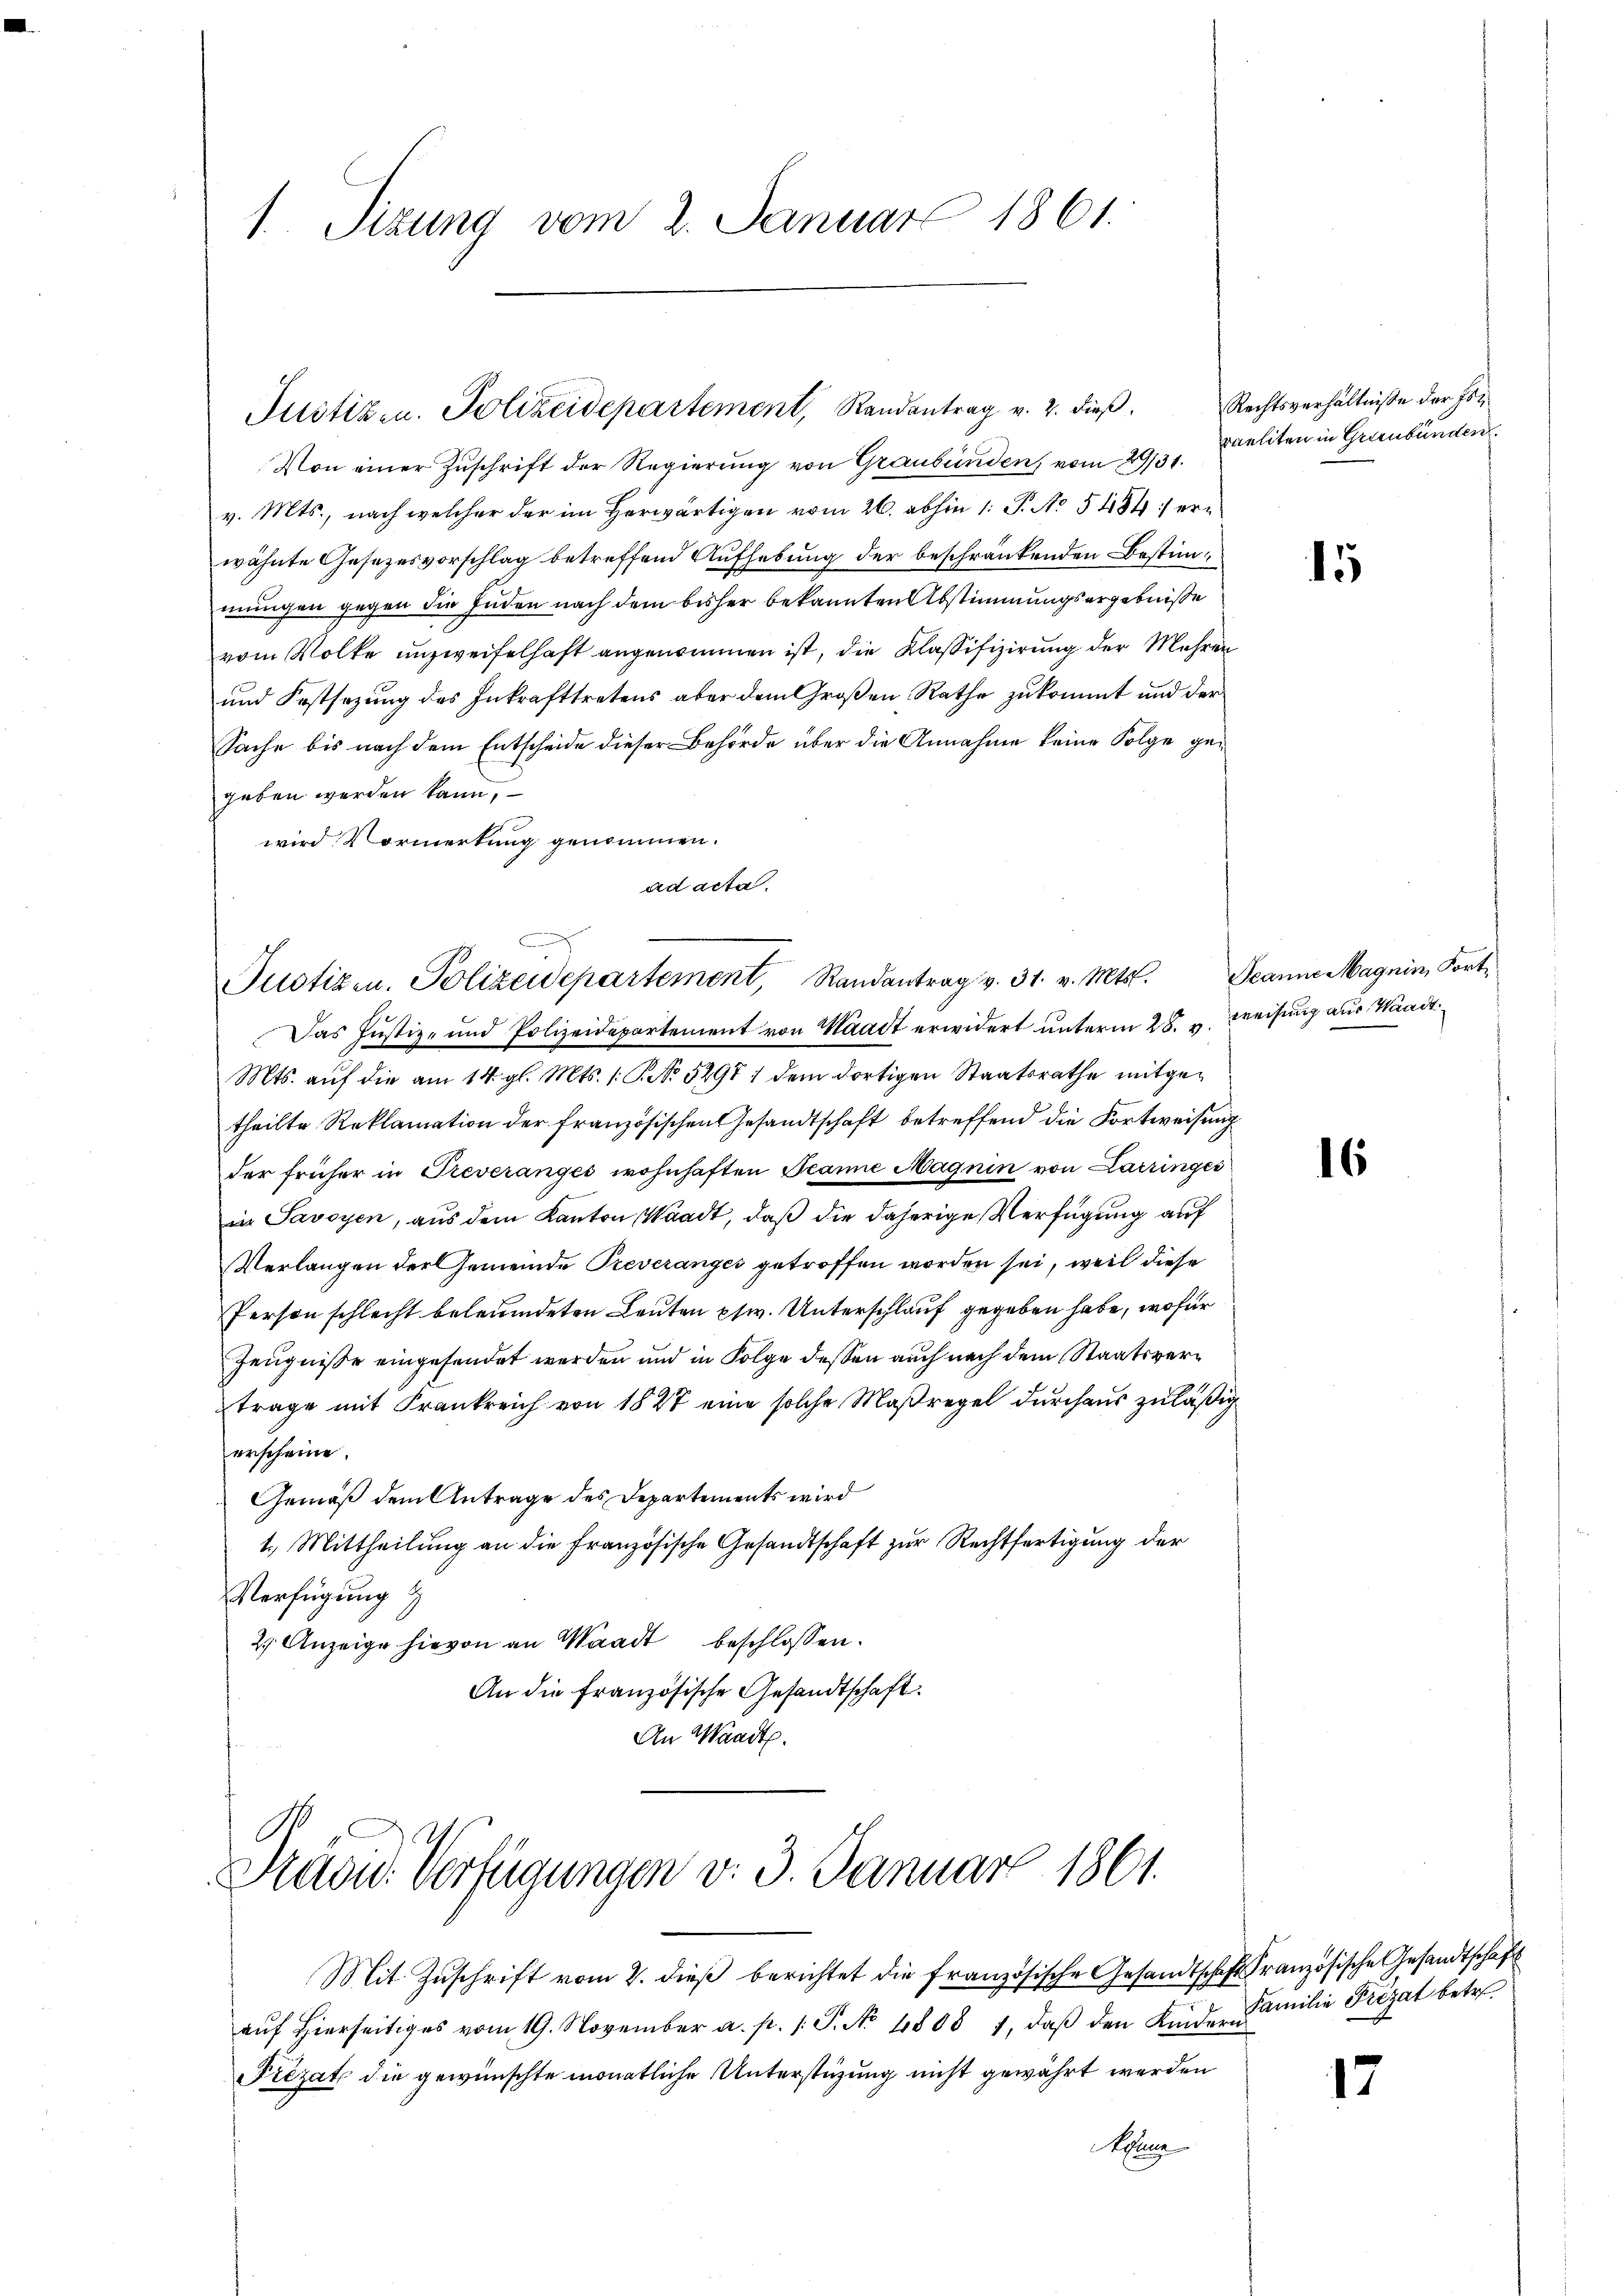
1 Sizung vom 2. Januar 1861.

Justizen. Polizeidepartement, Randantrag v. 2. dieß.

Von einer Zuschrift der Regierung von Graubünden, vom 29/3. Maeliten in Grienbunden
v. Mts., nach welcher der im Herwärtigen vom 26. abhin 1: P. No 5484) erwähnte Gesezesvorschlag betreffend Aufhebung der beschränkenden Bestimmungen gegen die Juden nach dem bisher bekannten Abstimmungsergebniße
vom Volke unzweifelhaft angenommen ist, die Klassifizierung der Mehren
und Festsezung des Inkrafttretens aber dem Großen Rathe zukommt und der
Sache bis nach dem Entscheide dieser Behörde über die Annahme keine Folge gegeben werden kann,
wird Vormerkung genommen.
ad acta.

Das Justiz- und Polizeidepartement von Waadt erwidert unterm 28. v. Weisung aus Waadt
Mts. aŭf die am 14. gl. Mts. 1. S. No 52971 dem dortigen Staatsrathe mitgetheilte Reklamation der französischen Gesandtschaft betreffend die Fortweisung
der früher in Treveranges wohnhaften Teanne Magnin von Karringes
in Savoyen, aus dem Kanton Waadt, daß die daherige Verfügung auf
Verlangen der Gemeinde Preveranges getroffen worden sei, weil diese
Person schlecht beleumdeten Leuten pfw. Unterschlauf gegeben habe, wofür
Zeugnisse eingesendet werden und in Folge dessen auch nach dem Staatsvertrage mit Frankreich von 1827 eine solche Maßregel durchaus zuläßig
erscheine.
Gemäß dem Antrage des Departements wird
1.) Mittheilung an die Französische Gesandtschaft zur Rechtfertigung der
Verfügung
2) Anzeige hievon an Waadt beschlossen:
An die französische Gesandtschaft.
An Waadt.

Justizen. Polizeidepartement, Randantrag v. 31. v. Mts. Jeann Magnin, Fort¬

Stevid. Verfügungen v. 3. Januar 1861.

Mit Zŭschrift vom 2. dieβ berichtet die französische Gesandtschaft Französische Gesandtschaft
aŭf hierseitiges vom 19. November a. p. 1. J. No. 4808 1, daβ den Kindern
Prezat die gewünschte monatliche Unterstützung nicht gewährt werden
Selna

Rechtsverhältniße der Fol¬

15

16

Familie Frezat betr.

17